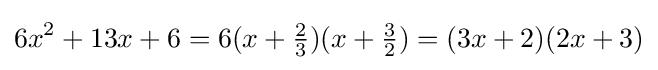
6x^{2}+13x+6=6(x+{\tfrac {2}{3}})(x+{\tfrac {3}{2}})=(3x+2)(2x+3)